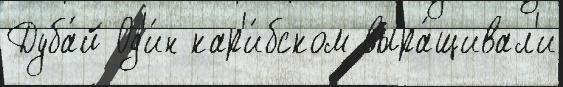
Дуба́й Од'и́н кар'и́бском выра́щивал'и